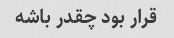
قرار بود چقدر باشه